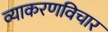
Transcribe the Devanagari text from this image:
व्याकरणविचार